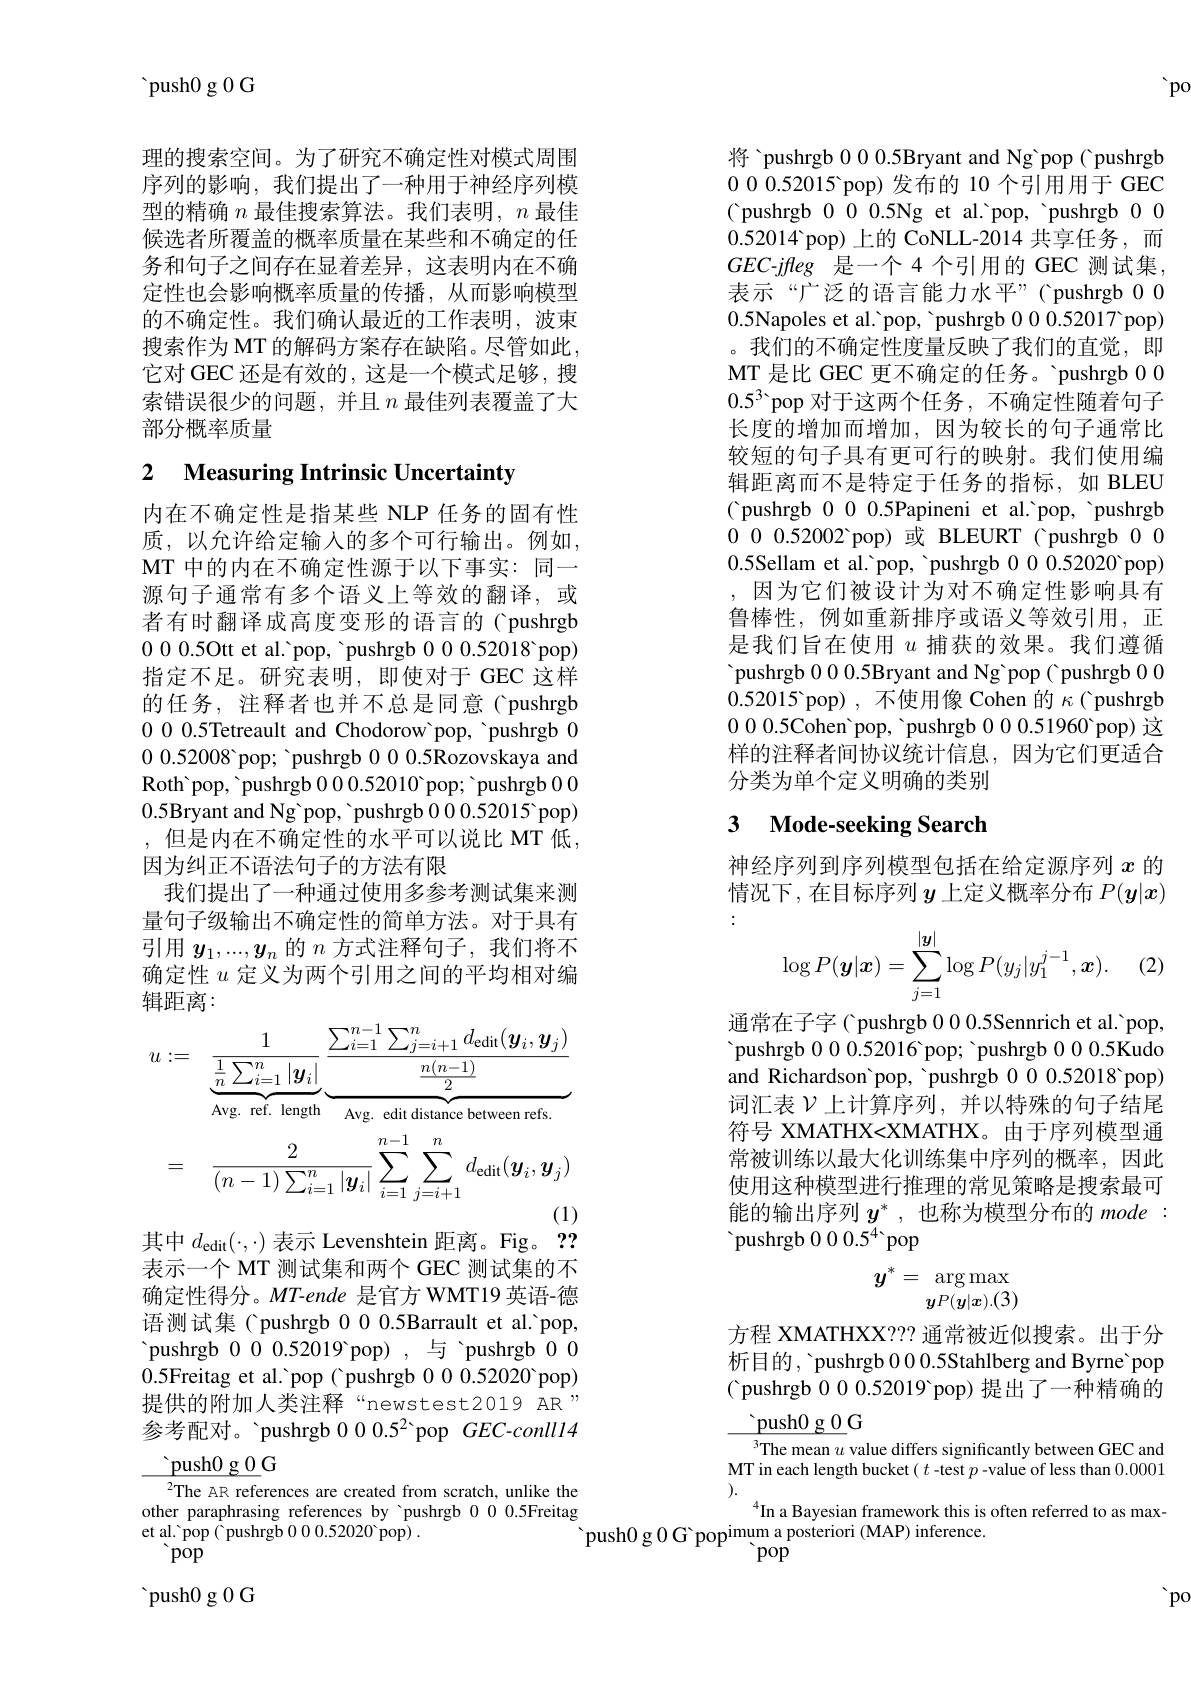
'po

${\text{'push}0}$g 0 G

理的搜索空间。为了研究不确定性对模式周围序列的影响，我们提出了一种用于神经序列模型的精确$n$最佳搜索算法。我们表明，$n$最佳候选者所覆盖的概率质量在某些和不确定的任务和句子之间存在显着差异，这表明内在不确定性也会影响概率质量的传播，从而影响模型的不确定性。我们确认最近的工作表明，波束搜索作为 MT 的解码方案存在缺陷。尽管如此， 它对 GEC 还是有效的，这是一个模式足够，搜索错误很少的问题，并且$n$最佳列表覆盖了大部分概率质量

# 2 Measuring Intrinsic Uncertainty

内在不确定性是指某些 NLP 任务的固有性质，以允许给定输入的多个可行输出。例如， MT 中的内在不确定性源于以下事实：同一源句子通常有多个语义上等效的翻译，或者有时翻译成高度变形的语言的( pushrgb 000.5Ott et al.'pop, 'pushrgb 000.52018'pop) 指定不足。研究表明，即使对于 GEC 这样的任务，注释者也并不总是同意( pushrgb 0000.5Tetreault and Chodorow pop, 'pushrgb 00.0.52008 ' pushrgb 00.0.5Rozovskaya and Roth'pop, 'pushrgb 000.52010 pop; 'pushrgb 000.5Bryant and Ng 'pop, 'pushrgb 000.52015'pop) ,但是内在不确定性的水平可以说比 MT 低， 因为纠正不语法句子的方法有限
我们提出了一种通过使用多参考测试集来测量句子级输出不确定性的简单方法。对于具有引用$y_1,...,y_n$的$n$方式注释句子，我们将不确定性$u$定义为两个引用之间的平均相对编辑距离：
$$\begin{aligned}&u:=\underbrace{\frac{1}{\frac{1}{n}\sum_{i=1}^{n}|\boldsymbol{y}_{i}|}}_{\text{Avg. ref. length}}\underbrace{\frac{\sum_{i=1}^{n-1}\sum_{j=i+1}^{n}d_{\text{edit}}(\boldsymbol{y}_{i},\boldsymbol{y}_{j})}{\frac{n(n-1)}{2}}}_{\text{Avg. edit distance between refs.}}\\&=\quad\frac{2}{(n-1)\sum_{i=1}^{n}|\boldsymbol{y}_{i}|}\sum_{i=1}^{n-1}\sum_{j=i+1}^{n}d_{\text{edit}}(\boldsymbol{y}_{i},\boldsymbol{y}_{j})\end{aligned}$$
其中$d_\mathrm{edit}(\cdot,\cdot)$表示 Levenshtein 距离。Fig。??

表示一个 MT 测试集和两个 GEC 测试集的不确定性得分。MT-ende 是官方 WMT19 英语-德语测试集( pushrgb 0 0 0.5Barrault et al.'pop, 'pushrgb 000.52019 pop),与 'pushrgb 000.5Freitag et al.'pop( pushrgb 000.52020'pop) 提供的附加人类注释“newstest2019 AR” 参考配对。'pushrgb $000.5^2$ pop $GEC-conll14$

$\underline{\text{push}0\:\text{g }0}$G
${}^{2}$The AR references are created from scratch, unlike the

other paraphrasing references by 'pushrgb 00.0.5Freitag
et al. 'pop ( pushrgb 0 0 0.52020°pop) .
 pop

${\mathrm{~push0~g~0~G}}$

将 'pushrgb 00.5Bryant and Ng'pop( pushrgb 000.52015 pop)发布的 10 个引用用于 GEC ( pushrgb 000.5Ng et al.'pop, 'pushrgb 000.52014 pop) 上的 CoNLL-2014 共享任务，而$GEC-jfleg$是一个 4 个引用的 GEC 测试集， 表示“广泛的语言能力水平”(pushrgb 0 00.5Napoles et al.'pop, 'pushrgb 000.52017 pop) 。我们的不确定性度量反映了我们的直觉，即MT 是比 GEC 更不确定的任务。ˋpushrgb 00 $0.5^3$'pop 对于这两个任务，不确定性随着句子长度的增加而增加，因为较长的句子通常比较短的句子具有更可行的映射。我们使用编辑距离而不是特定于任务的指标，如 BLEU ( pushrgb 000.5Papineni et al.'pop, 'pushrgb 000.52002 pop)或 BLEURT C pushrgb 000.5Sellam et al.'pop, 'pushrgb 000.52020 pop)
因为它们被设计为对不确定性影响具有鲁棒性，例如重新排序或语义等效引用，正是我们旨在使用$u$捕获的效果。我们遵循'pushrgb 0 0 0.5Bryant and Ng pop( pushrgb 0 00.52015 pop), 不使用像 Cohen 的$\kappa$( pushrgb 000.5Cohen'pop, 'pushrgb 000.51960'pop) 这样的注释者间协议统计信息，因为它们更适合分类为单个定义明确的类别

## 3 Mode-seeking Search

神经序列到序列模型包括在给定源序列$x$的情况下，在目标序列$y$上定义概率分布$P(\boldsymbol{y}|\boldsymbol{x})$ :
$$\log P(\boldsymbol y|\boldsymbol x)=\sum_{j=1}^{|\boldsymbol y|}\log P(y_j|y_1^{j-1},\boldsymbol x).$$
通常在子字( pushrgb 0 0 0.5Sennrich et al. 'pop, 'pushrgb 00.52016 pop; 'pushrgb 00.5Kudo and Richardson'pop, 'pushrgb 000.52018 pop) 词汇表$\mathcal{V}$上计算序列 ,并以特殊的句子结尾符号 XMATHX<XMATHX。由于序列模型通常被训练以最大化训练集中序列的概率，因此使用这种模型进行推理的常见策略是搜索最可能的输出序列$y^*$,也称为模型分布的 mode: pushrgb $000.5^4$ pop
$$y^*=\underset{yP(\boldsymbol{y}|\boldsymbol{x}).(3)}{\operatorname*{arg\max}}$$
方程 XMATHXX??? 通常被近似搜索。出于分析目的，'pushrgb 00.0.5Stahlberg and Byrne'pop ( pushrgb 0 0 0.52019 pop) 提出了一种精确的

$\underline{\text{push}0\:\mathrm{g~0}}$G
$^{3}$The mean $u$ value differs significantly between GEC and MT in each length bucket $(t$ -test $p$ -value of less than 0.0001 ).
$^4$In a Bayesian framework this is often referred to as max-
$\begin{array}{c}{\mathrm{~push0~g~0~G~pop}^{\mathrm{imum~a~posteriori~(MAP)~inference.}}}\\{\mathrm{~pop}}\end{array}$

'po